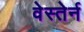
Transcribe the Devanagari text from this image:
वेस्तेर्न